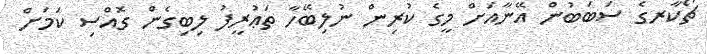
ޗޯކާރގެ ސަބަބުން އޭނާއަށް މީގެ ކުރިން ނުލިބޭހާ ތަޢުރީފު ލިބިގެން ގޮއްސި ކަމަށް